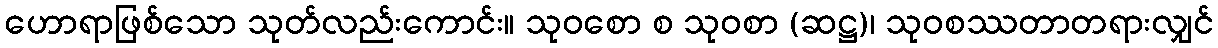
ဟောရာဖြစ်သော သုတ်လည်းကောင်း။ သုဝစော စ သုဝစာ (ဆဋ္ဌ)၊ သုဝစဿတာတရားလျှင်